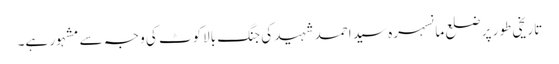
تاریخی طور پر ضلع مانسہرہ سید احمد شہید کی جنگ بالاکوٹ کی و جہ سے مشہور ہے۔